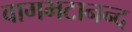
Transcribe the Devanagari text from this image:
वागभटानन्द